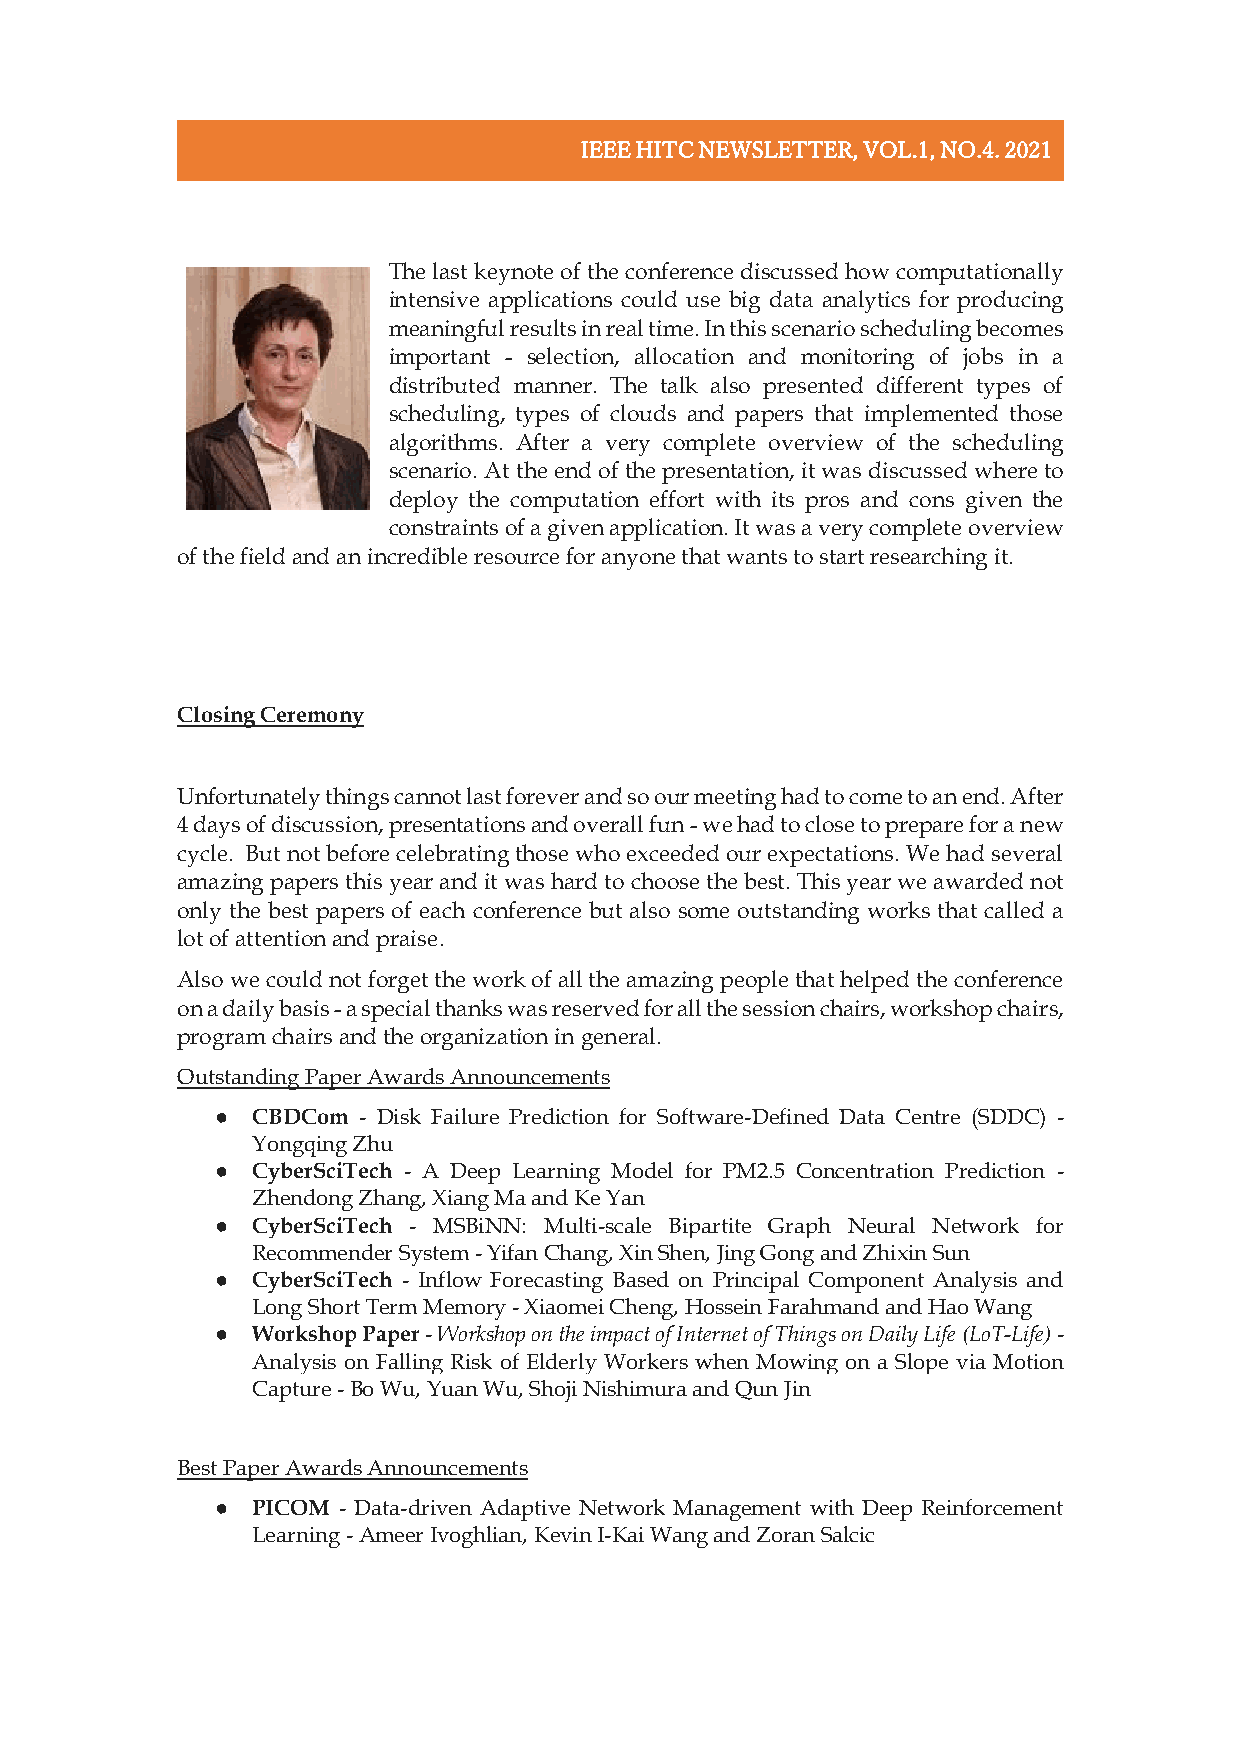
IEEE HITC NEWSLETTER, VOL.1, NO.4. 2021
 The last keynote of the conference discussed how computationally
 intensive applications could use big data analytics for producing
 meaningful results in real time. In this scenario scheduling becomes
 important - selection, allocation and monitoring of jobs in a
 distributed manner. The talk also presented different types of
 scheduling, types of clouds and papers that implemented those
 algorithms. After a very complete overview of the scheduling
 scenario. At the end of the presentation, it was discussed where to
 deploy the computation effort with its pros and cons given the
 constraints of a given application. It was a very complete overview
 of the field and an incredible resource for anyone that wants to start researching it.
 Closing Ceremony
 Unfortunately things cannot last forever and so our meeting had to come to an end. After
 4 days of discussion, presentations and overall fun - we had to close to prepare for a new
 cycle. But not before celebrating those who exceeded our expectations. We had several
 amazing papers this year and it was hard to choose the best. This year we awarded not
 only the best papers of each conference but also some outstanding works that called a
 lot of attention and praise.
 Also we could not forget the work of all the amazing people that helped the conference
 on a daily basis - a special thanks was reserved for all the session chairs, workshop chairs,
 program chairs and the organization in general.
 Outstanding Paper Awards Announcements
 ●  CBDCom - Disk Failure Prediction for Software-Defined Data Centre (SDDC) -
 Yongqing Zhu
 ●  CyberSciTech - A Deep Learning Model for PM2.5 Concentration Prediction -
 Zhendong Zhang, Xiang Ma and Ke Yan
 ●  CyberSciTech - MSBiNN: Multi-scale Bipartite Graph Neural Network for
 Recommender System - Yifan Chang, Xin Shen, Jing Gong and Zhixin Sun
 ●  CyberSciTech - Inflow Forecasting Based on Principal Component Analysis and
 Long Short Term Memory - Xiaomei Cheng, Hossein Farahmand and Hao Wang
 ●  Workshop Paper - Workshop on the impact of Internet of Things on Daily Life (LoT-Life) -
 Analysis on Falling Risk of Elderly Workers when Mowing on a Slope via Motion
 Capture - Bo Wu, Yuan Wu, Shoji Nishimura and Qun Jin
 Best Paper Awards Announcements
 ●  PICOM - Data-driven Adaptive Network Management with Deep Reinforcement
 Learning - Ameer Ivoghlian, Kevin I-Kai Wang and Zoran Salcic